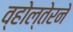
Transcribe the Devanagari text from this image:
व्होल्तेरने